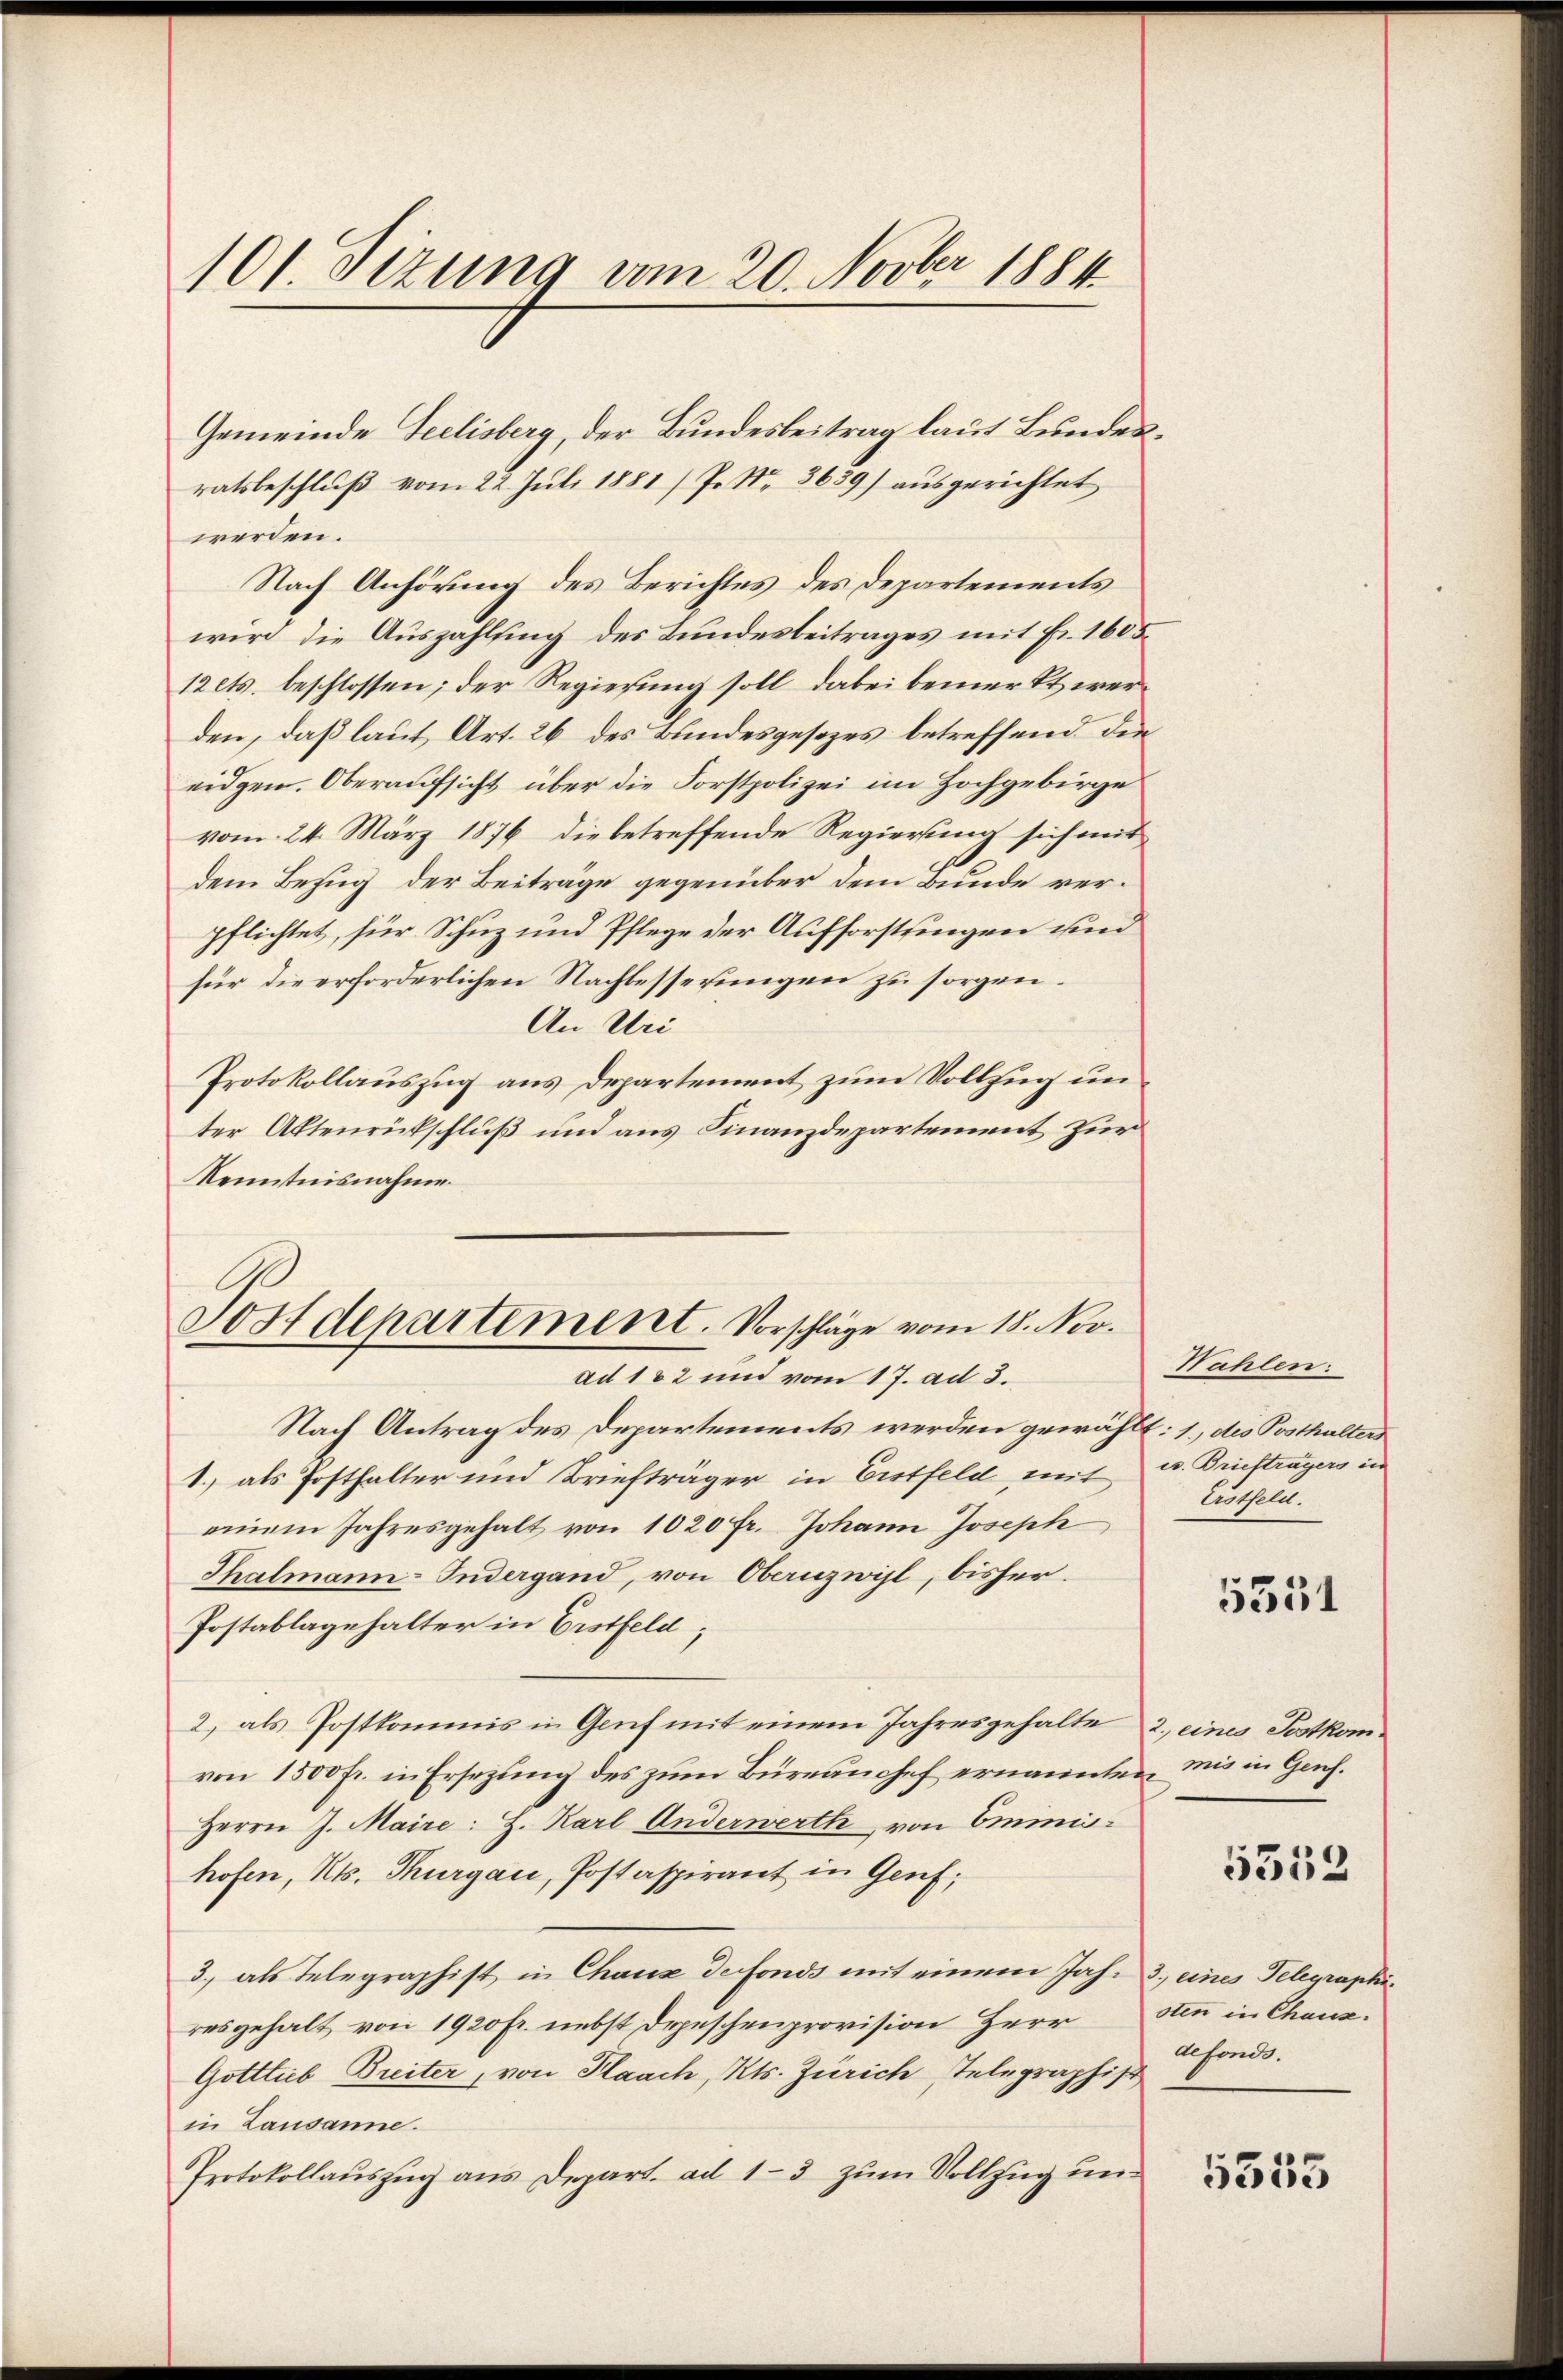
101. Dezung vom 20. Novber 1884

Gemeinde Seelisberg, der Bundesbeitrag laut Bundesratsbeschluß vom 22. Juli 1881/P. Nr. 3639) ausgerichtet
werden.
Nach Anhörung des Berichtes des Departements
wird die Auszahlsing des Bundesbeitrages mit Fr. 1605.
12 cts. beschlossen; der Regierung soll dabei bemerkt werden, daß laut Art. 26 des Bundesgesezes betreffend die
eidgen. Oberaufsicht über die Forstpolizei im Hochgebirge
vom 24. März 1876 die betreffende Regierung sich mit
dem Bezug der Beiträge gegenüber dem Bunde verpflichtet, für Schuz und Pflege der Aufforstungen und
für die erforderlichen Nachbesserungen zu sorgen.
An Uri
Protokollauszug aus Departement zum Vollzug unter Aktenrückschluß und aus Finanzdepartement zur
Kenntnisnahme

Sostdepartement. Vorschläge vom 18. Nov.
ad 182 und vom 17. ad 3.

Nach Antrag des Departements werden gewählt: 1., des Posthalters
1.) als Posthalter und Briefträger in Erstfeld mit u. Briefträgers in
einem Jahresgehalt von 1020 fr. Johann Joseph
Thalmann-Fudergand, von Obernzwisl, bisher.
Postablagehalter in Erstfeld;
2) als Postkommis in Genf mit einem Jahresgehalte 2., eines Postkomvon 1500 fr. in Ersezung des zum Büreauchef ernannten mir in Genf.
Herrn J. Maire: H. Karl Anderwerth, von Eminis-
hofen, Kts. Thurgau, Postaspirant in Genf;
3., als Telegraphist in Chaux de fonds mit einem Jahr 3. eines Telegraphiresgehalt von 1920 Fr. nebst Depeschenprovision Herr
Gottlieb Breiter, von Plaach, Kts. Zürich Telegraphis
in Lausanne.
Protokollauszug aus Depart. ad 1-3 zum Vollzug und

Wahlen:
Erstfeld.

5351

5552

sten in Chaux.
defonds.

5553